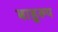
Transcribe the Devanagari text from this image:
बाहुरूप